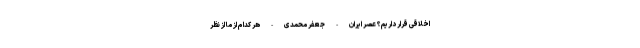
اخلاقی قرار داریم؟ عصر ایران - جعفر محمدی - هر کدام از ما از نظر